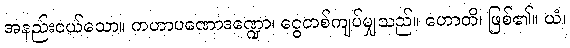
အနည်းငယ်သော။ ကဟာပဏောဒဏ္ဍော၊ ငွေတစ်ကျပ်မျှသည်။ ဟောတိ၊ ဖြစ်၏။ ယံ၊